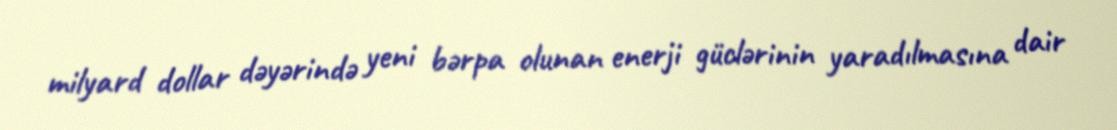
milyard dollar dəyərində yeni bərpa olunan enerji güclərinin yaradılmasına dair